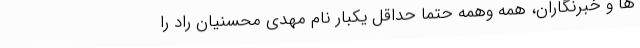
ها و خبرنگاران، همه وهمه حتما حداقل یکبار نام مهدی محسنیان راد را